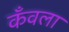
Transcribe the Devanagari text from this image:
कँवला